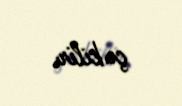
çəkilir.